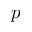
p